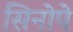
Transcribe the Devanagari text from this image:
सिनोपे